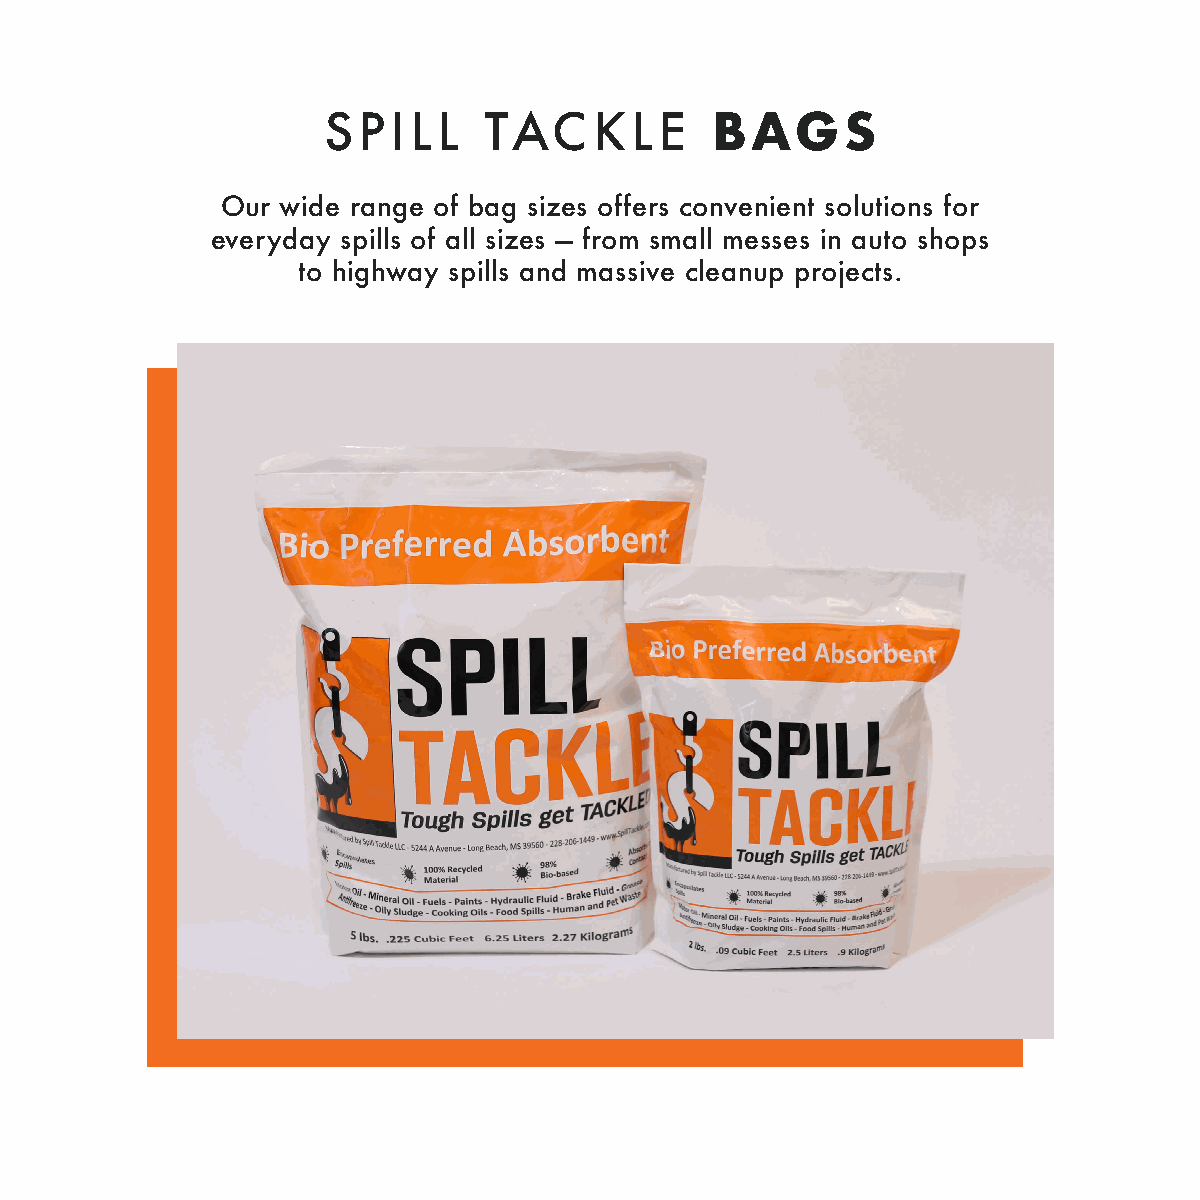
SPILL      TACKLE         BAGS
 Our wide range of bag sizes offers convenient solutions for
 everyday spills of all sizes — from small messes in auto shops
 to highway spills and massive cleanup projects.